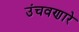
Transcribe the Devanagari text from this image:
उंचवणारे